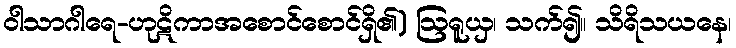
ဝါသာဂါရေ-ဟုဋိကာအစောင်စောင်ရှိ၏) ဩရူယှ၊ သက်၍။ သိရိသယနေ၊